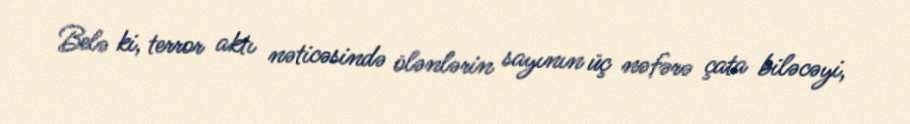
Belə ki, terror aktı nəticəsində ölənlərin sayının üç nəfərə çata biləcəyi,